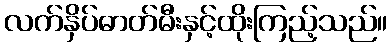
လက်နှိပ်ဓာတ်မီးနှင့်ထိုးကြည့်သည်။